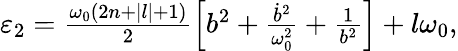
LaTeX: \begin{array}{r}{\varepsilon_{2}=\frac{\omega_{0}(2n+|l|+1)}{2}\left[b^{2}+\frac{\dot{b}^{2}}{\omega_{0}^{2}}+\frac{1}{b^{2}}\right]+l\omega_{0},}\end{array}